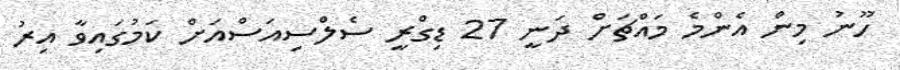
ހޫނު މިން އެންމެ މައްޗަށް ދަނީ 27 ޑިގްރީ ސެލްސިއަސްއަށް ކަމުގައިވާ އިރު